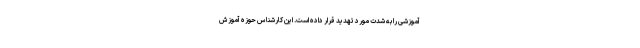
آموزشی را به شدت مورد تهدید قرار داده است. این کارشناس حوزه آموزش